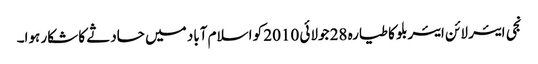
نجی ایئر لائن ایئربلو کا طیارہ 28 جولائی 2010 کو اسلام آباد میں حادثے کا شکار ہوا۔